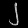
Digit: ၂